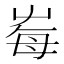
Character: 𡴕